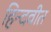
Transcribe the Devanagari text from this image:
हिन्दवीत